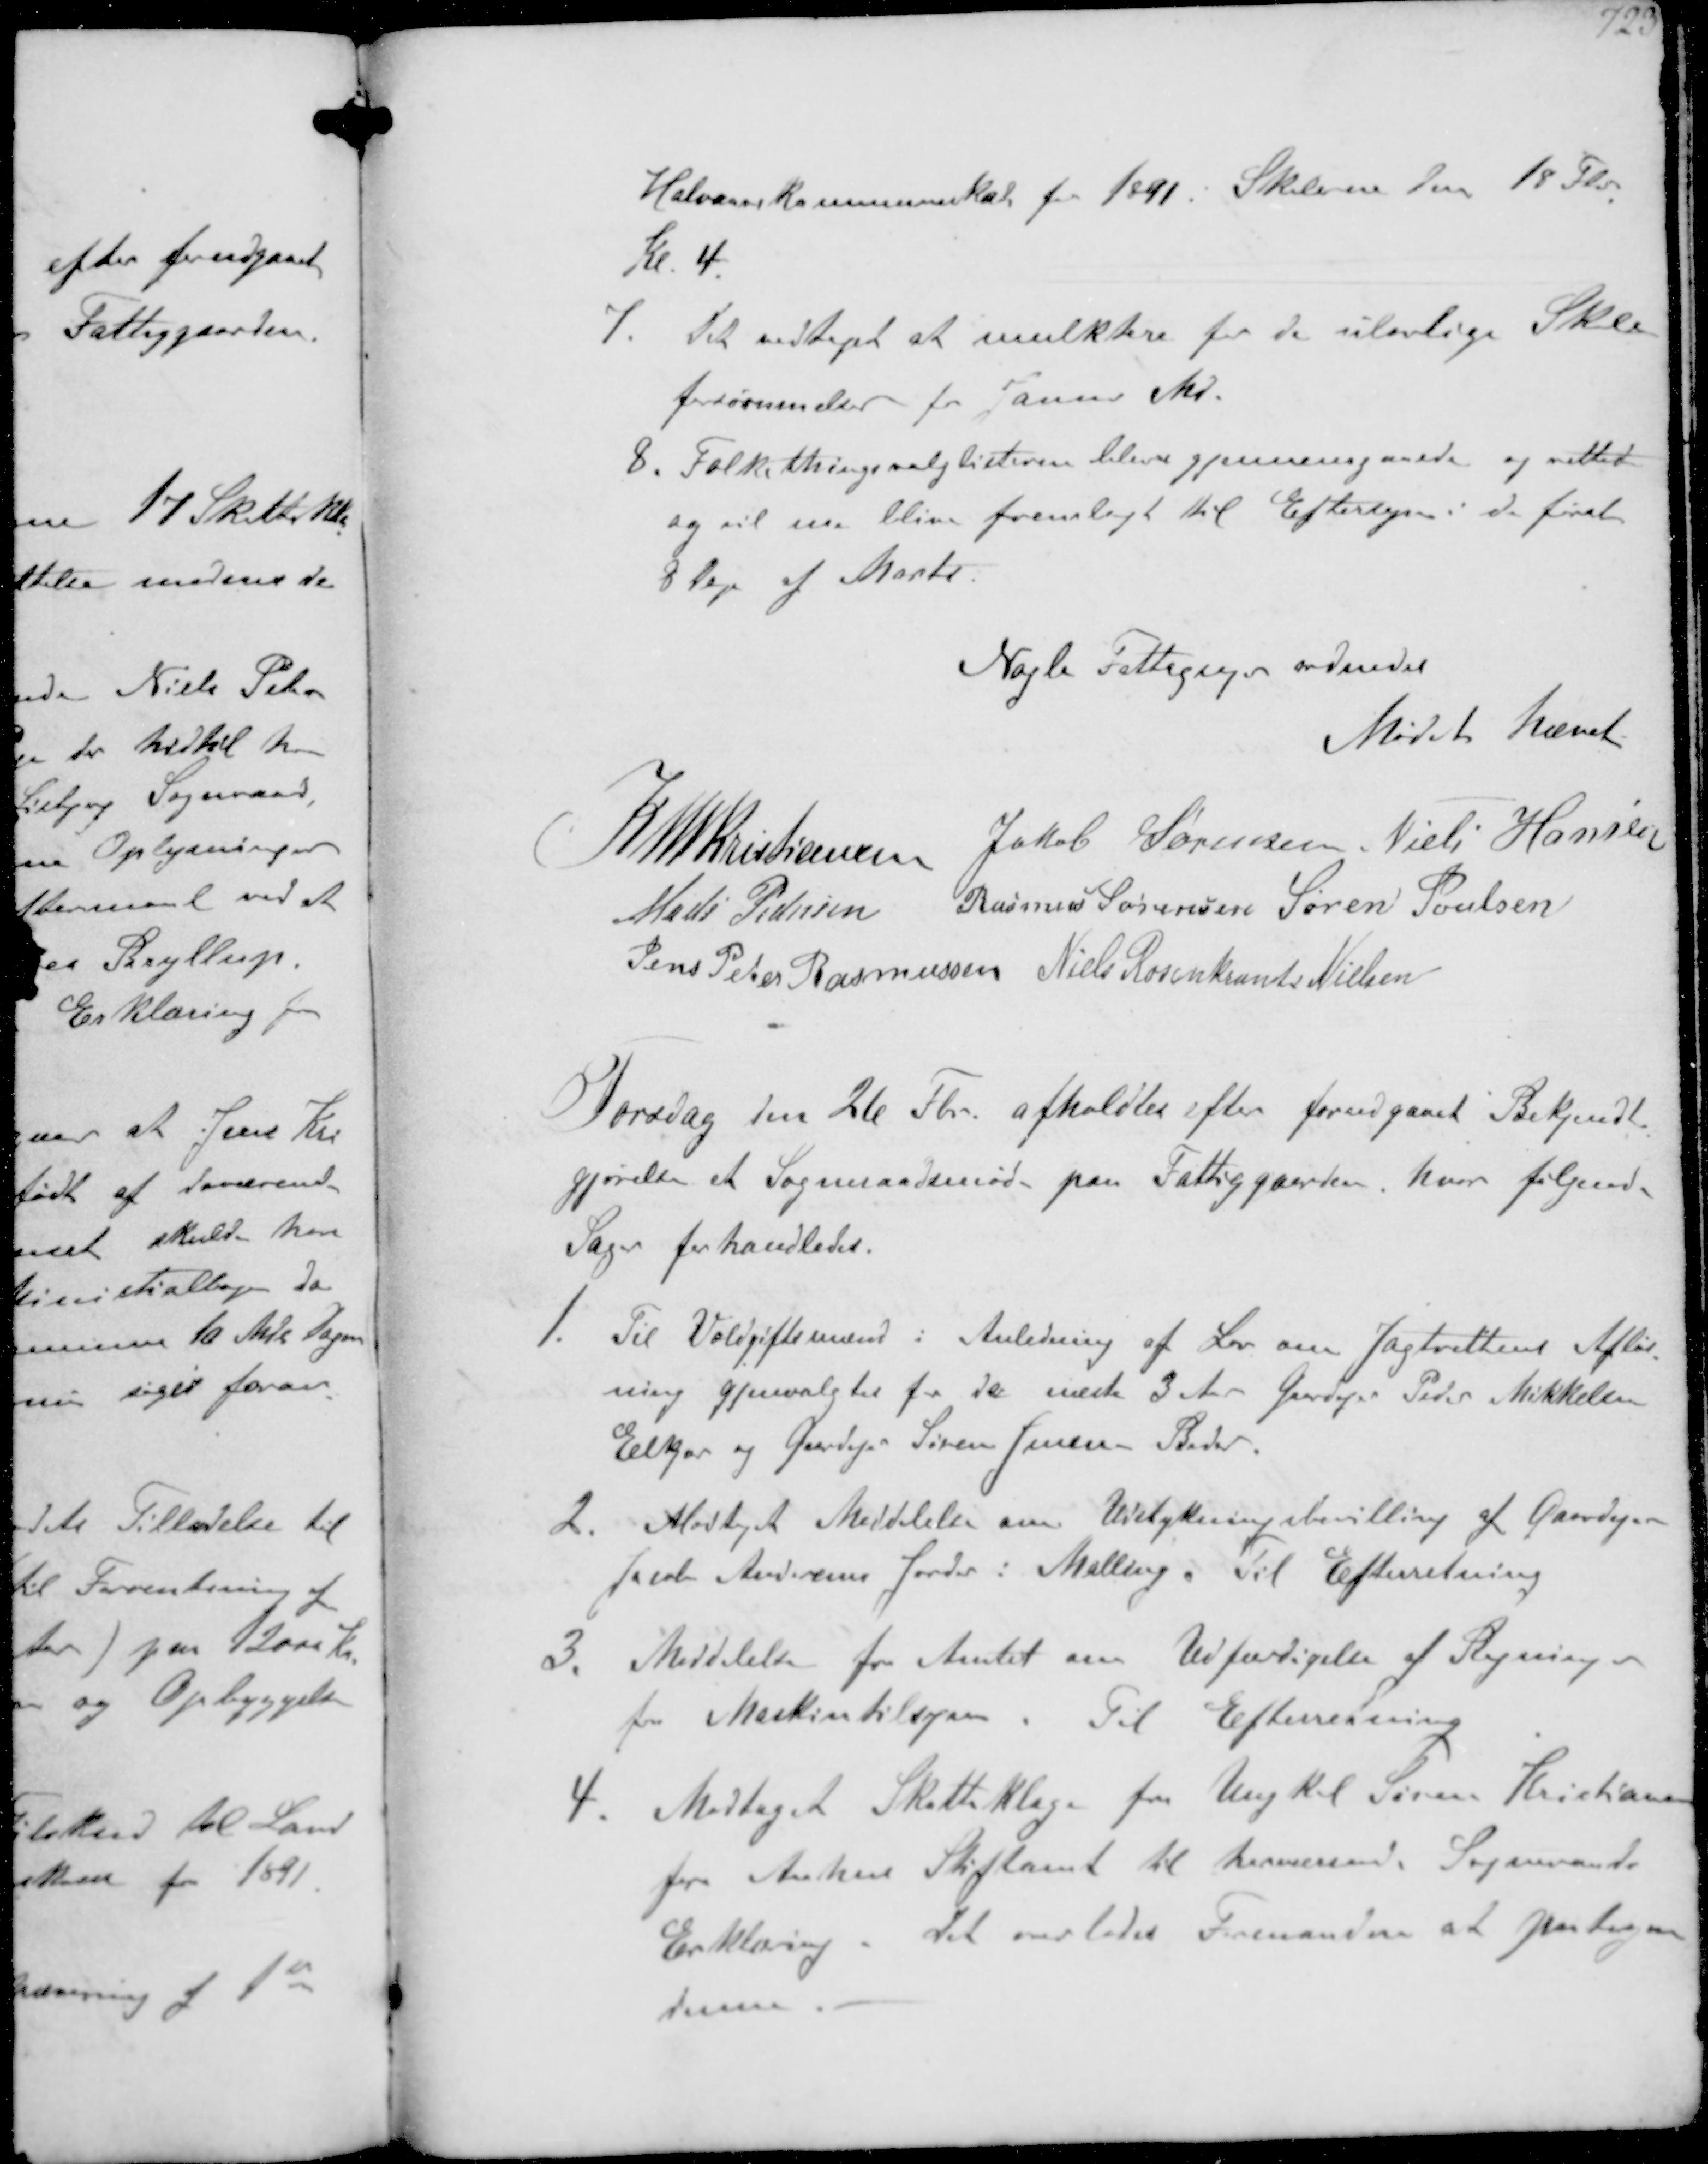
Transskription:
Halvaarskommuneskat for 1891 i Skolerne den 18 Fbr.
Kl. 4.
7. Det vedtoget at mulktere for de ulovlige Skole-
forsømmelser for Januar Md
8. Folkethingsvalglisterne bleve gjennemgaaede og rettede
og vil nu blive fremlagt til Eftersyn i de første
8 Dage af Marts

Nogle Fattigsager ordnedes

Mødet hævet

K N M Kristiansen
Jakob Sørensen Niels Hansen
Mads Pedersen
Rasmus Sørensen Søren Poulsen
Jens Peter Rasmussen Niels Rosenkrands Nielsen

Torsdag den 26 Fbr afholdtes efter forudgaaet Bekjemdt-
gjørelse et Sogneraadsmøde paa Fattiggaarden, hvor følgende
Sager forhandledes.
1. Til Voldgiftsmænd i Anledning af Lov om Jagtrettens Afløs-
ning Gjenvalgtes for de næste 3 Ar Gaardejer Peder Mikkelsen
Elkjær og Gaardejer Søren Jensen Beder.
2. Modtaget Meddelelse om Udstykningsbevilling af Gaardejer
Jacob Andersens Jorder i Malling. Til Efterretning
3. Meddelelse fra Amtet om Udfærdigelse af Regning
for Maskintilsyn. Til Efterretning
4. Modtaget Skatteklage fra Ungkal Søren Kristiansen
fra Aarhus Stiftamt til herværende Sogneraads
Erklæring. Det overlodes Formanden at paategne
denne